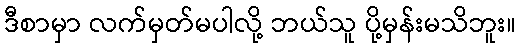
ဒီစာမှာ လက်မှတ်မပါလို့ ဘယ်သူ ပို့မှန်းမသိဘူး။